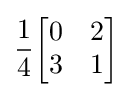
{\frac {1}{4}}{\begin{bmatrix}0&2\\3&1\\\end{bmatrix}}